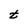
Character: t